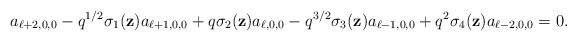
\begin{align*}a_{\ell+2,0,0}-{q}^{1/2}\sigma_1(\textbf{z})a_{\ell+1,0,0}+q\sigma_2(\textbf{z})a_{\ell,0,0}-q^{3/2}\sigma_3(\textbf{z})a_{\ell-1,0,0}+q^2\sigma_4(\textbf{z})a_{\ell-2,0,0}=0.\end{align*}